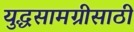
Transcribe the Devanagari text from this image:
युद्धसामग्रीसाठी